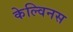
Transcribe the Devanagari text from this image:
केल्विनस